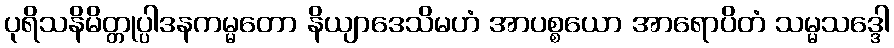
ပုရိသနိမိတ္တုပ္ပါဒနကမ္မတော နိယျာဒေသိမဟံ အာပစ္စယော အာရောပိတံ သမ္မသဒ္ဒေါ